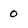
Character: 0